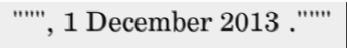
""", 1 December 2013 ."""